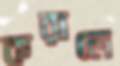
করালে